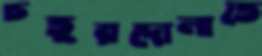
চতুরদোলাতে